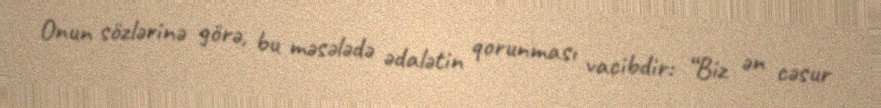
Onun sözlərinə görə, bu məsələdə ədalətin qorunması vacibdir: “Biz ən cəsur